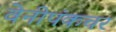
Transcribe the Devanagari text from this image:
वेनीपंकचर